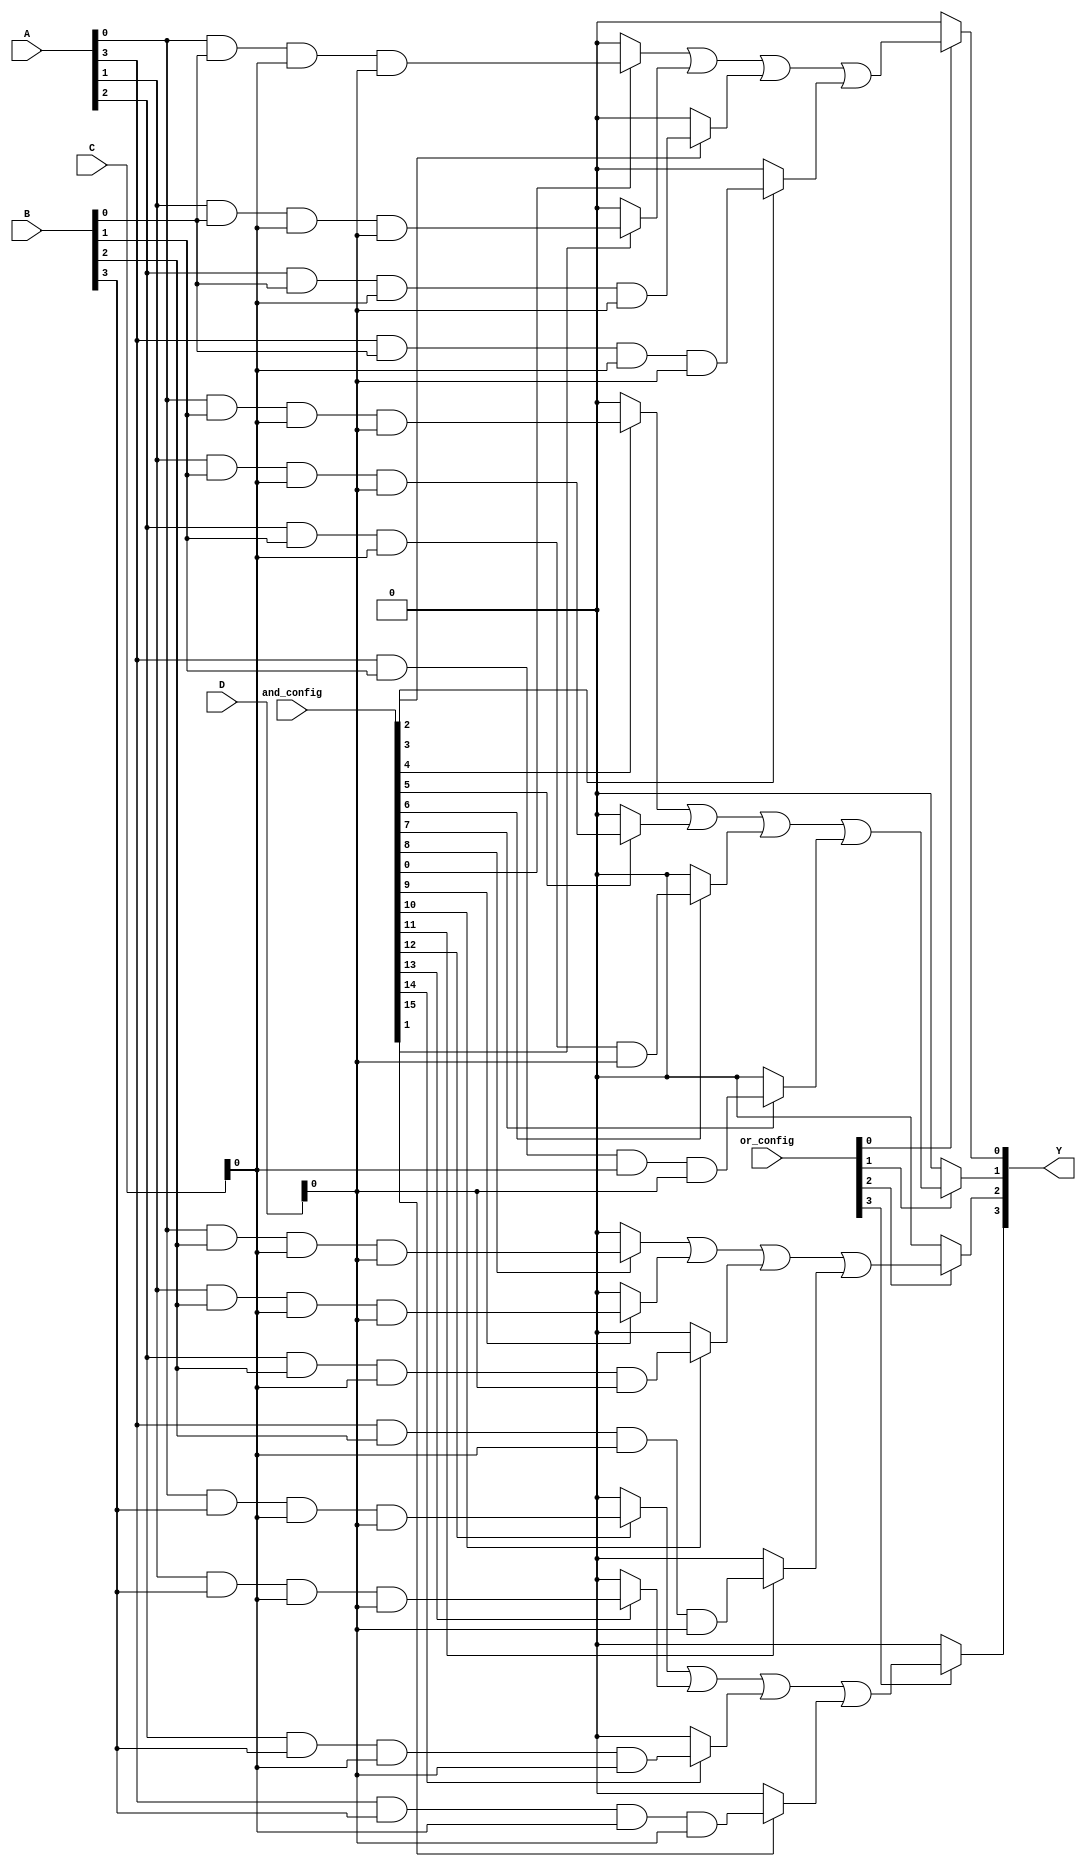
module SPAL (
    input wire [3:0] A,        // 4 input lines (A[3:0])
    input wire [3:0] B,        // Additional input lines (B[3:0])
    input wire [3:0] C,        // Additional input lines (C[3:0])
    input wire [3:0] D,        // Additional input lines (D[3:0])
    input wire [15:0] and_config, // Configuration for AND gates
    input wire [15:0] or_config,  // Configuration for OR gates
    output wire [3:0] Y        // 4 output lines (Y[3:0])
);

// Internal signals for AND gate outputs
wire [15:0] and_outputs;

// Programmable AND Array
genvar i, j;
generate
    for (i = 0; i < 16; i = i + 1) begin : and_array
        assign and_outputs[i] = (and_config[i]) ? 
            (A[i % 4] & B[(i / 4) % 4] & C[(i / 16) % 4] & D[(i / 64) % 4]) : 1'b0;
    end
endgenerate

// Programmable OR Array
generate
    for (j = 0; j < 4; j = j + 1) begin : or_array
        assign Y[j] = or_config[j] ? 
            (and_outputs[j*4] | and_outputs[j*4 + 1] | and_outputs[j*4 + 2] | and_outputs[j*4 + 3]) : 1'b0;
    end
endgenerate

endmodule